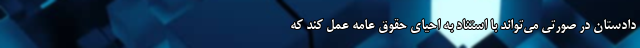
دادستان در صورتی می‌تواند با استناد به احیای حقوق عامه عمل کند که